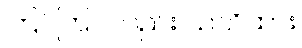
ကြပ်ကြပ်လည်း သတိထား